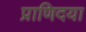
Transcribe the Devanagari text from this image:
प्राणिदया